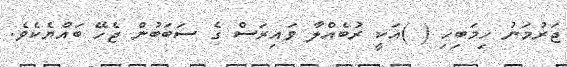
ޖަރުމަނު ހިމަބިހި ( )އަކީ ރުބެއްލާ ވައިރަސް ގެ ސަބަބުން ޖެހޭ ބައްޔެކެވެ.